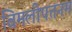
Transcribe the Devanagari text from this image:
बिमलीपत्तनम